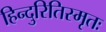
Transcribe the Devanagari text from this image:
हिन्दुरितिस्मृतः